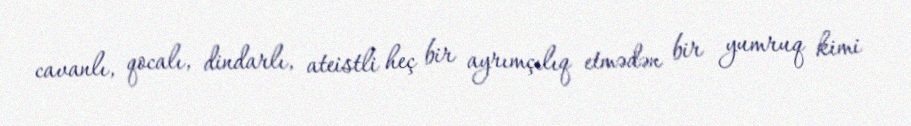
cavanlı, qocalı, dindarlı, ateistli heç bir ayrımçılıq etmədən bir yumruq kimi